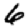
Digit: 6